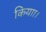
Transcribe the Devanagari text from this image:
कियाा।